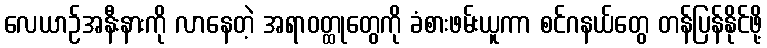
လေယာဉ်အနီးနားကို လာနေတဲ့ အရာဝတ္ထုတွေကို ခံစားဖမ်းယူကာ စင်ဂနယ်တွေ တန်ပြန်နိုင်ဖို့